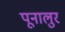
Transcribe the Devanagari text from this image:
पूनालुर